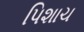
પિશાચ